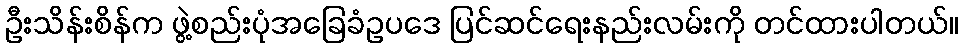
ဦးသိန်းစိန်က ဖွဲ့စည်းပုံအခြေခံဥပဒေ ပြင်ဆင်ရေးနည်းလမ်းကို တင်ထားပါတယ်။